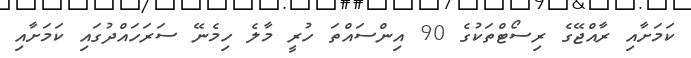
ކަމަށާއި ރާއްޖޭގެ ރިސޯޓްތަކުގެ 90 އިންސައްތަ ހުރީ މާލެ ހިިމެނޭ ސަރަހައްދުގައި ކަމަށާއި